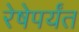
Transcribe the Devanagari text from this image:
रेषेपर्यंत